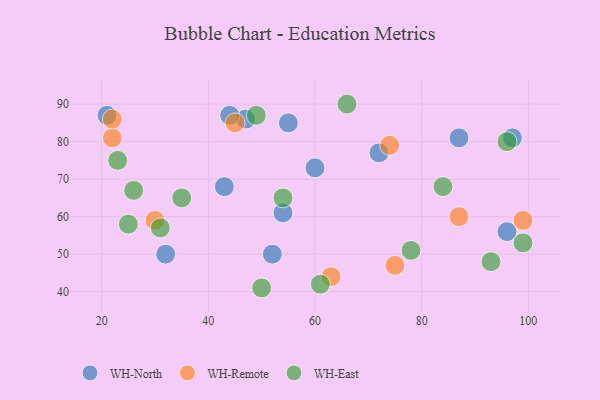
{"axis": {"x": "GDP", "y": "Life Expectancy"}, "legend": ["WH-East", "WH-North", "WH-Remote"], "data": [{"x": "32", "y": 50, "type": "WH-North"}, {"x": "72", "y": 77, "type": "WH-North"}, {"x": "96", "y": 56, "type": "WH-North"}, {"x": "97", "y": 81, "type": "WH-North"}, {"x": "54", "y": 61, "type": "WH-North"}, {"x": "55", "y": 85, "type": "WH-North"}, {"x": "60", "y": 73, "type": "WH-North"}, {"x": "47", "y": 86, "type": "WH-North"}, {"x": "43", "y": 68, "type": "WH-North"}, {"x": "44", "y": 87, "type": "WH-North"}, {"x": "52", "y": 50, "type": "WH-North"}, {"x": "87", "y": 81, "type": "WH-North"}, {"x": "21", "y": 87, "type": "WH-North"}, {"x": "99", "y": 59, "type": "WH-Remote"}, {"x": "63", "y": 44, "type": "WH-Remote"}, {"x": "22", "y": 81, "type": "WH-Remote"}, {"x": "87", "y": 60, "type": "WH-Remote"}, {"x": "30", "y": 59, "type": "WH-Remote"}, {"x": "22", "y": 86, "type": "WH-Remote"}, {"x": "74", "y": 79, "type": "WH-Remote"}, {"x": "75", "y": 47, "type": "WH-Remote"}, {"x": "45", "y": 85, "type": "WH-Remote"}, {"x": "35", "y": 65, "type": "WH-East"}, {"x": "99", "y": 53, "type": "WH-East"}, {"x": "84", "y": 68, "type": "WH-East"}, {"x": "96", "y": 80, "type": "WH-East"}, {"x": "93", "y": 48, "type": "WH-East"}, {"x": "66", "y": 90, "type": "WH-East"}, {"x": "78", "y": 51, "type": "WH-East"}, {"x": "49", "y": 87, "type": "WH-East"}, {"x": "61", "y": 42, "type": "WH-East"}, {"x": "50", "y": 41, "type": "WH-East"}, {"x": "31", "y": 57, "type": "WH-East"}, {"x": "25", "y": 58, "type": "WH-East"}, {"x": "23", "y": 75, "type": "WH-East"}, {"x": "54", "y": 65, "type": "WH-East"}, {"x": "26", "y": 67, "type": "WH-East"}]}